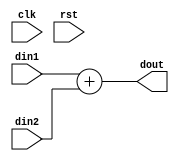
`timescale 1ns / 1ps
//////////////////////////////////////////////////////////////////////////////////
// Company: 
// Engineer: 
// 
// Design Name: 
// Module Name: adder
// Project Name: 
// Target Devices: 
// Tool Versions: 
// Description: 
// 
// Dependencies: 
// 
// Revision:
// Revision 0.01 - File Created
// Additional Comments:
// 
//////////////////////////////////////////////////////////////////////////////////


module adder(
    input clk,rst,
    input signed [25:0] din1,
    input signed [25:0] din2,
    output signed [25:0] dout
    );
    
    assign dout = din1 + din2;
    
endmodule